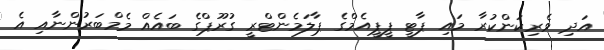
އަދި ވެރިކަންކުރާ މައި ޕާޓީ ޕީޕީއެމްގެ ޕާލަމެންޓްރީ ގުރޫޕްގެ ބައެއް މެމްބަރުންނާއި އެ